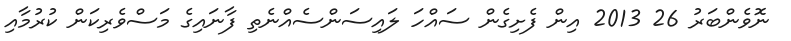
ނޮވެންބަރު 26 2013 އިން ފެށިގެން ސައްހަ ލައިސަންސެއްނެތި ފާނައިގެ މަސްވެރިކަން ކުރުމާއި